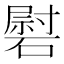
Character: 𰧠